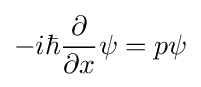
-i\hbar {\frac {\partial }{\partial x}}\psi =p\psi